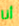
أنا